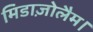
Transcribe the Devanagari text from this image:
मिडाज़ोलैम।